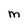
Character: m